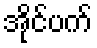
အိုင်ပက်